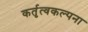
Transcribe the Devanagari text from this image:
कर्तृत्वकल्पना